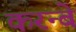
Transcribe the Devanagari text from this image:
करन्बे